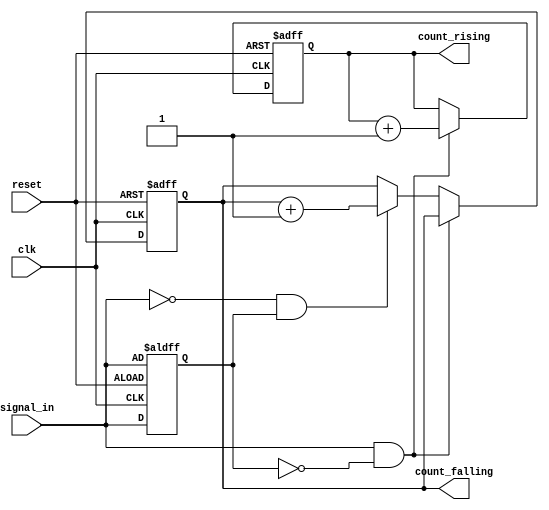
module edge_counter (
    input wire clk,              // Clock signal
    input wire reset,            // Asynchronous reset signal
    input wire signal_in,        // Input signal for edge detection
    output reg [31:0] count_rising,   // Count of rising edges
    output reg [31:0] count_falling   // Count of falling edges
);

    reg prev_signal;             // Register to store the previous state of signal_in

    // Asynchronous reset and edge detection logic
    always @(posedge clk or posedge reset) begin
        if (reset) begin
            count_rising <= 32'b0;      // Reset rising edge count
            count_falling <= 32'b0;     // Reset falling edge count
            prev_signal <= signal_in;    // Initialize prev_signal
        end else begin
            // Edge detection logic
            if (signal_in && !prev_signal) begin
                count_rising <= count_rising + 1; // Rising edge detected
            end else if (!signal_in && prev_signal) begin
                count_falling <= count_falling + 1; // Falling edge detected
            end
            prev_signal <= signal_in; // Update prev_signal to current state
        end
    end

endmodule